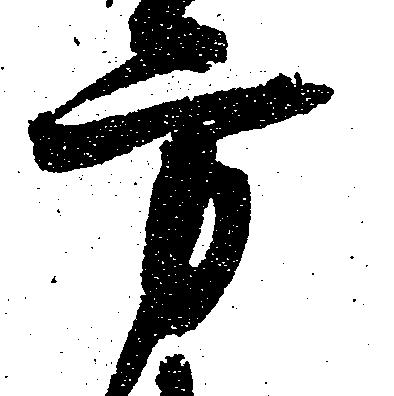
方